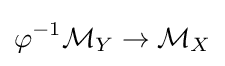
\varphi ^{-1}{\mathcal {M}}_{Y}\to {\mathcal {M}}_{X}